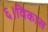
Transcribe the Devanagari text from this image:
६।विकास